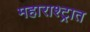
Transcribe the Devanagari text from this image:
महाराश्ट्रात